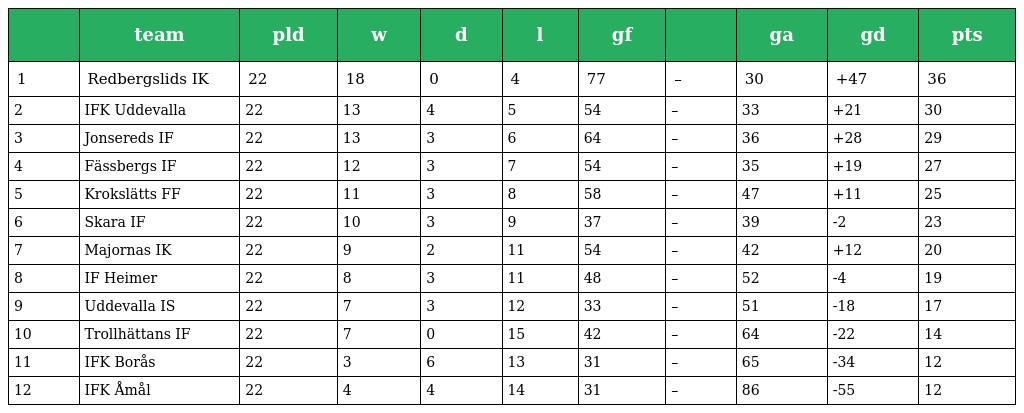
|  | team | pld | w | d | l | gf |  | ga | gd | pts |
 | --- | --- | --- | --- | --- | --- | --- | --- | --- | --- | --- |
 | 1 | Redbergslids IK | 22 | 18 | 0 | 4 | 77 | – | 30 | +47 | 36 |
 | 2 | IFK Uddevalla | 22 | 13 | 4 | 5 | 54 | – | 33 | +21 | 30 |
 | 3 | Jonsereds IF | 22 | 13 | 3 | 6 | 64 | – | 36 | +28 | 29 |
 | 4 | Fässbergs IF | 22 | 12 | 3 | 7 | 54 | – | 35 | +19 | 27 |
 | 5 | Krokslätts FF | 22 | 11 | 3 | 8 | 58 | – | 47 | +11 | 25 |
 | 6 | Skara IF | 22 | 10 | 3 | 9 | 37 | – | 39 | -2 | 23 |
 | 7 | Majornas IK | 22 | 9 | 2 | 11 | 54 | – | 42 | +12 | 20 |
 | 8 | IF Heimer | 22 | 8 | 3 | 11 | 48 | – | 52 | -4 | 19 |
 | 9 | Uddevalla IS | 22 | 7 | 3 | 12 | 33 | – | 51 | -18 | 17 |
 | 10 | Trollhättans IF | 22 | 7 | 0 | 15 | 42 | – | 64 | -22 | 14 |
 | 11 | IFK Borås | 22 | 3 | 6 | 13 | 31 | – | 65 | -34 | 12 |
 | 12 | IFK Åmål | 22 | 4 | 4 | 14 | 31 | – | 86 | -55 | 12 |